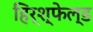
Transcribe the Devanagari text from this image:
हिर्श्फेल्ड